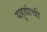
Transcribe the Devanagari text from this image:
यहुद्यांची